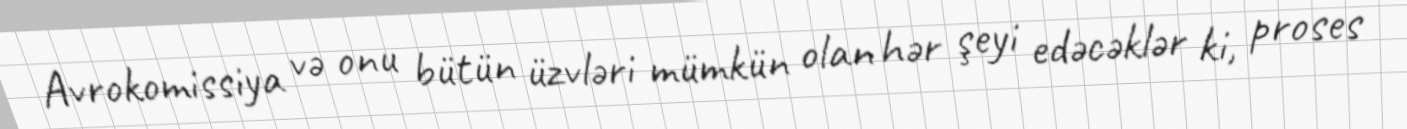
Avrokomissiya və onu bütün üzvləri mümkün olan hər şeyi edəcəklər ki, proses